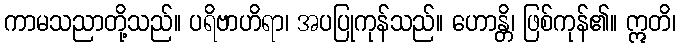
ကာမသညာတို့သည်။ ပရိဗာဟိရာ၊ အပပြုကုန်သည်။ ဟောန္တိ၊ ဖြစ်ကုန်၏။ ဣတိ၊